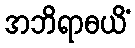
အဘိရာဓယိံ